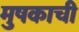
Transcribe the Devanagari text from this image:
मुषकाची